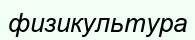
физикультура